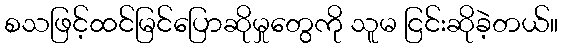
စသဖြင့်ထင်မြင်ပြောဆိုမှုတွေကို သူမ ငြင်းဆိုခဲ့တယ်။